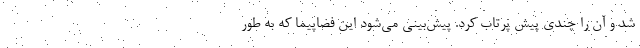
شد و آن را چندی پیش پرتاب کرد. پیش‌بینی می‌شود این فضاپیما که به طور